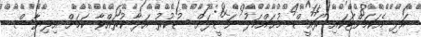
އަދި އެކަމަށްޓަކައި ރައީސް މުޙައްމަދު ނަޝީދަށް ޝުކުރު އަދާ ކުރައްވާ ކަމަށް އިލިޔާސް